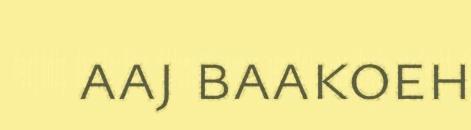
aaj baakoeh